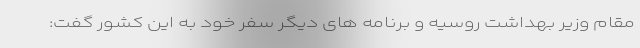
مقام وزیر بهداشت روسیه و برنامه های دیگر سفر خود به این کشور گفت: